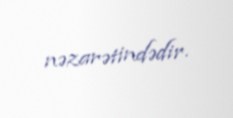
nəzarətindədir.